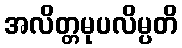
အလိတ္တမုပလိမ္ပတိ